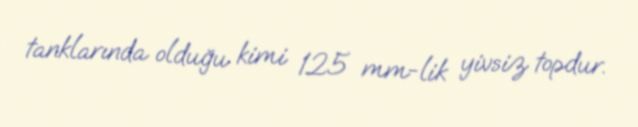
tanklarında olduğu kimi 125 mm-lik yivsiz topdur.